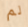
لم